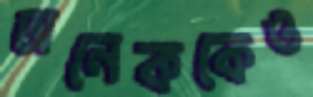
অনেককেও